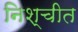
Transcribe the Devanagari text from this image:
निश्‍चीत